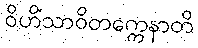
ဝိဟိံသာဝိတက္ကေနာတိ